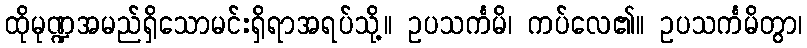
ထိုမုဏ္ဍအမည်ရှိသောမင်းရှိရာအရပ်သို့။ ဥပသင်္ကမိ၊ ကပ်လေ၏။ ဥပသင်္ကမိတွာ၊